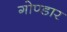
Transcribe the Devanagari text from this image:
गोण्डार